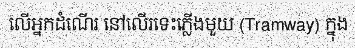
លើអ្នកដំណើរ នៅលើរទេះភ្លើងមួយ (Tramway) ក្នុង